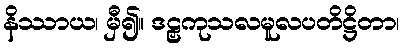
နိဿာယ၊ မှီ၍။ ဒဠှကုသလမူလပတိဋ္ဌိတာ၊